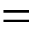
=